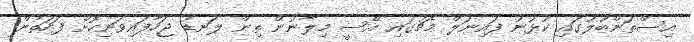
އިސްތަންބޫލުގައި ކުޅުނު ފައިނަލް މެޗުގައި އޭސީ މިލާނުން ތިން ލަނޑު ޖަހާފައިވަނިކޮށް ފަހަތުން